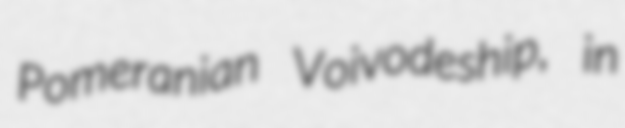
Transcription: Pomeranian Voivodeship, in